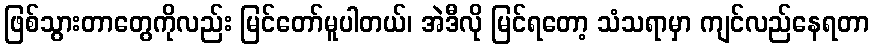
ဖြစ်သွားတာတွေကိုလည်း မြင်တော်မူပါတယ်၊ အဲဒီလို မြင်ရတော့ သံသရာမှာ ကျင်လည်နေရတာ